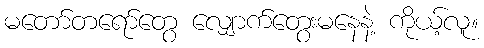
မတော်တရော်တွေ လျှောက်တွေးမနေနဲ့ ကိုယ့်လူ။